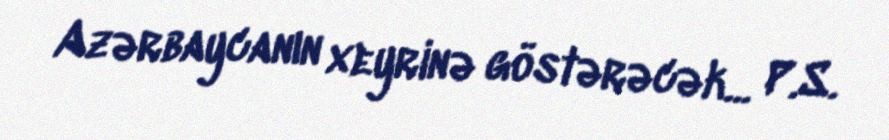
Azərbaycanın xeyrinə göstərəcək... P.S.